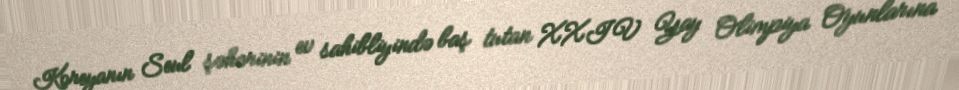
Koreyanın Seul şəhərinin ev sahibliyində baş tutan XXIV Yay Olimpiya Oyunlarına